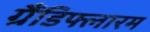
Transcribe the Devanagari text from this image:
ग्रैंडिफ्लारम